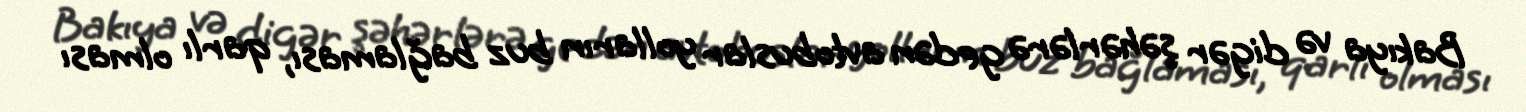
Bakıya və digər şəhərlərə gedən avtobuslar yolların buz bağlaması, qarlı olması